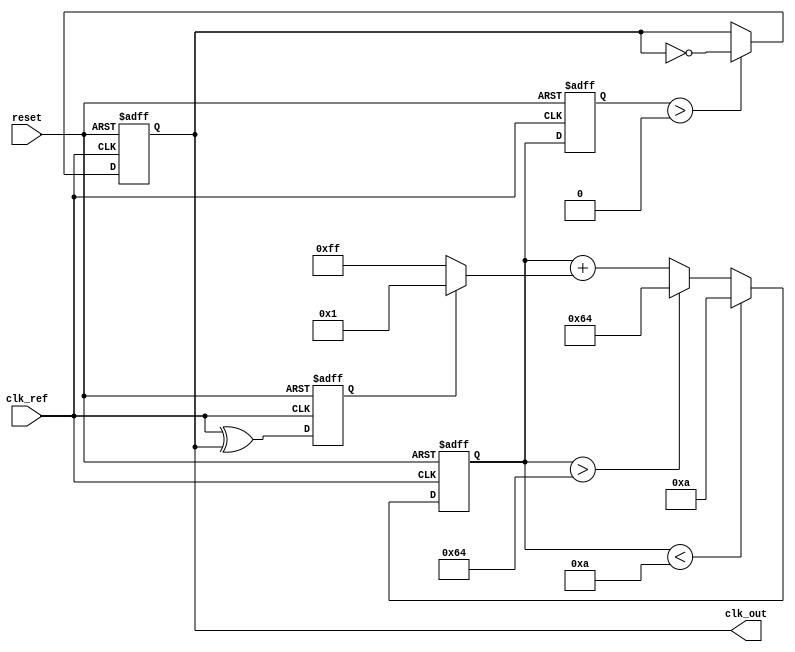
module pll_type2 (
    input wire clk_ref,       // Reference clock input
    input wire reset,         // Asynchronous reset
    output reg clk_out        // Output clock
);

// Parameters for the VCO
parameter VCO_MAX_FREQ = 100; // Maximum frequency of VCO
parameter VCO_MIN_FREQ = 10;   // Minimum frequency of VCO
parameter VCO_STEP = 1;         // Frequency step size

// Internal signals
reg [7:0] vco_freq;            // Current frequency of the VCO
reg phase_error;               // Phase error signal
reg [7:0] control_voltage;     // Control voltage from loop filter

// Phase Detector (PD) - Simple XOR based
always @(posedge clk_ref or posedge reset) begin
    if (reset) begin
        phase_error <= 0;
    end else begin
        // Compare reference clock with feedback clock (clk_out)
        phase_error <= clk_ref ^ clk_out; // Simple phase comparison
    end
end

// Loop Filter (LF) - Simple first-order filter for control voltage
always @(posedge clk_ref or posedge reset) begin
    if (reset) begin
        control_voltage <= 0;
    end else begin
        // Simple proportional control
        control_voltage <= control_voltage + (phase_error ? 1 : -1);
        // Clamp control voltage to VCO range
        if (control_voltage > VCO_MAX_FREQ) control_voltage <= VCO_MAX_FREQ;
        if (control_voltage < VCO_MIN_FREQ) control_voltage <= VCO_MIN_FREQ;
    end
end

// Voltage-Controlled Oscillator (VCO)
always @(posedge clk_ref or posedge reset) begin
    if (reset) begin
        vco_freq <= VCO_MIN_FREQ; // Start at minimum frequency
        clk_out <= 0;             // Initialize output clock
    end else begin
        // Adjust VCO frequency based on control voltage
        vco_freq <= control_voltage;
        
        // Generate output clock based on VCO frequency
        // Simple frequency divider for demonstration purposes
        if (vco_freq > 0) begin
            clk_out <= ~clk_out; // Toggle output clock
        end
    end
end

endmodule